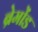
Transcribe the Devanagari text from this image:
ब्रेमोंड